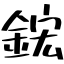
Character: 鋐